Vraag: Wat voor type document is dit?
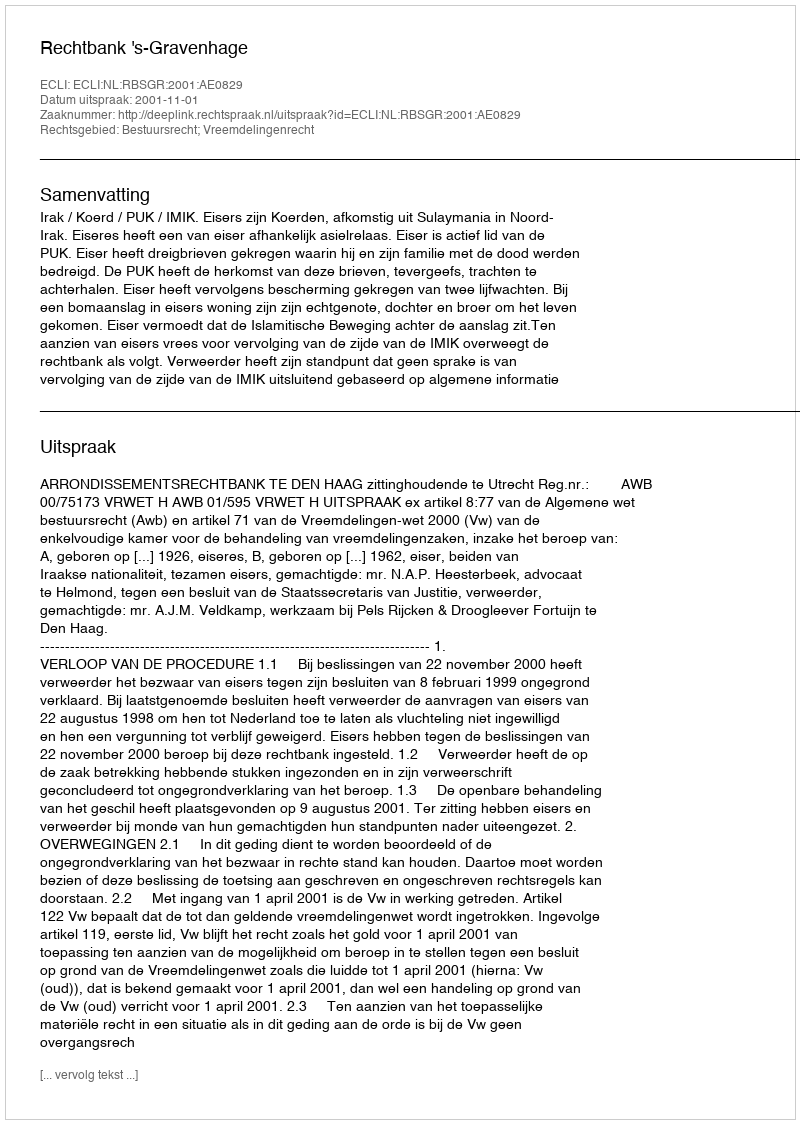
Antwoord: Uitspraak